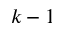
k - 1